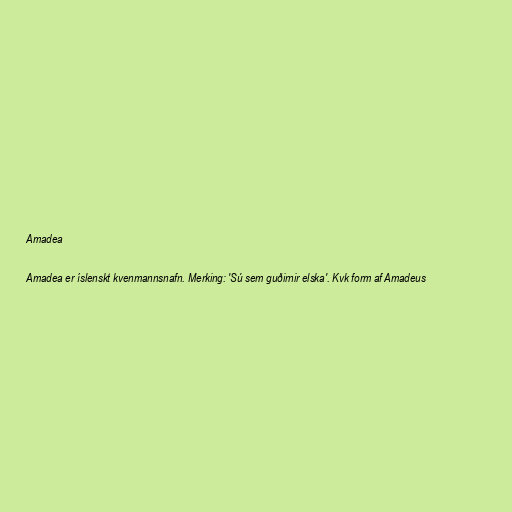
Amadea

Amadea er íslenskt kvenmannsnafn. Merking: 'Sú sem guðirnir elska'. Kvk form af Amadeus